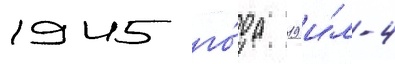
1945 го́да 19 и́л-4